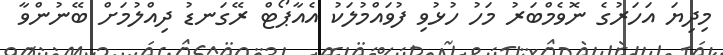
މިދިޔަ އަހަރުގެ ނޮވެމްބަރު މަހު ހުޅުވި ފުވައްމުލަކު އެއާޕޯޓް ރޭގަނޑު ދިއްލުމަށް ބޭނުންވާ